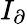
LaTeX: I_{\partial}